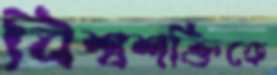
বিশ্বশক্তিকে